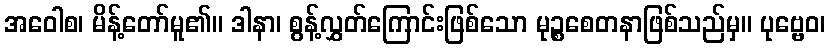
အဝေါစ၊ မိန့်တော်မူ၏။ ဒါနာ၊ စွန့်လွှတ်ကြောင်းဖြစ်သော မုဉ္စစေတနာဖြစ်သည်မှ။ ပုဗ္ဗေဝ၊